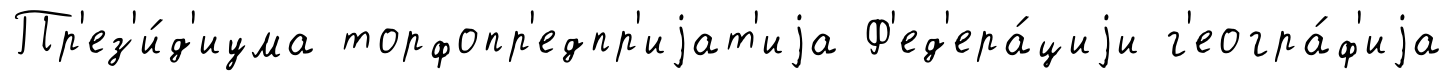
Пр'ез'и́д'иума торфопр'едпр'иjат'иjа Ф'ед'ера́циjи г'еогра́ф'иjа